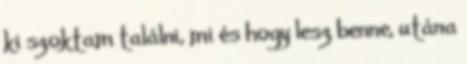
ki szoktam találni, mi és hogy lesz benne, utána